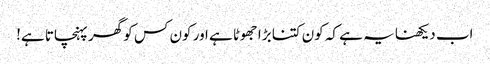
اب دیکھنا یہ ہے کہ کون کتنا بڑا جھوٹا ہے اور کون کس کو گھر پہنچاتا ہے!